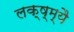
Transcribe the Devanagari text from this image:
लक्ष्म्यै